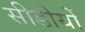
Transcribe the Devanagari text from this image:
सीडीयों